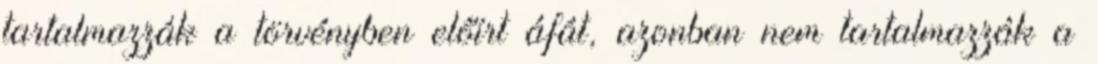
tartalmazzák a törvényben előírt áfát, azonban nem tartalmazzák a